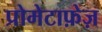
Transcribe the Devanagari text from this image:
प्रोमेटाफ़ेज़